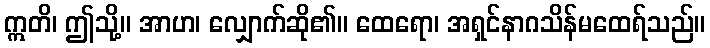
ဣတိ၊ ဤသို့။ အာဟ၊ လျှောက်ဆို၏။ ထေရော၊ အရှင်နာဂသိန်မထေရ်သည်။